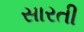
સારતી